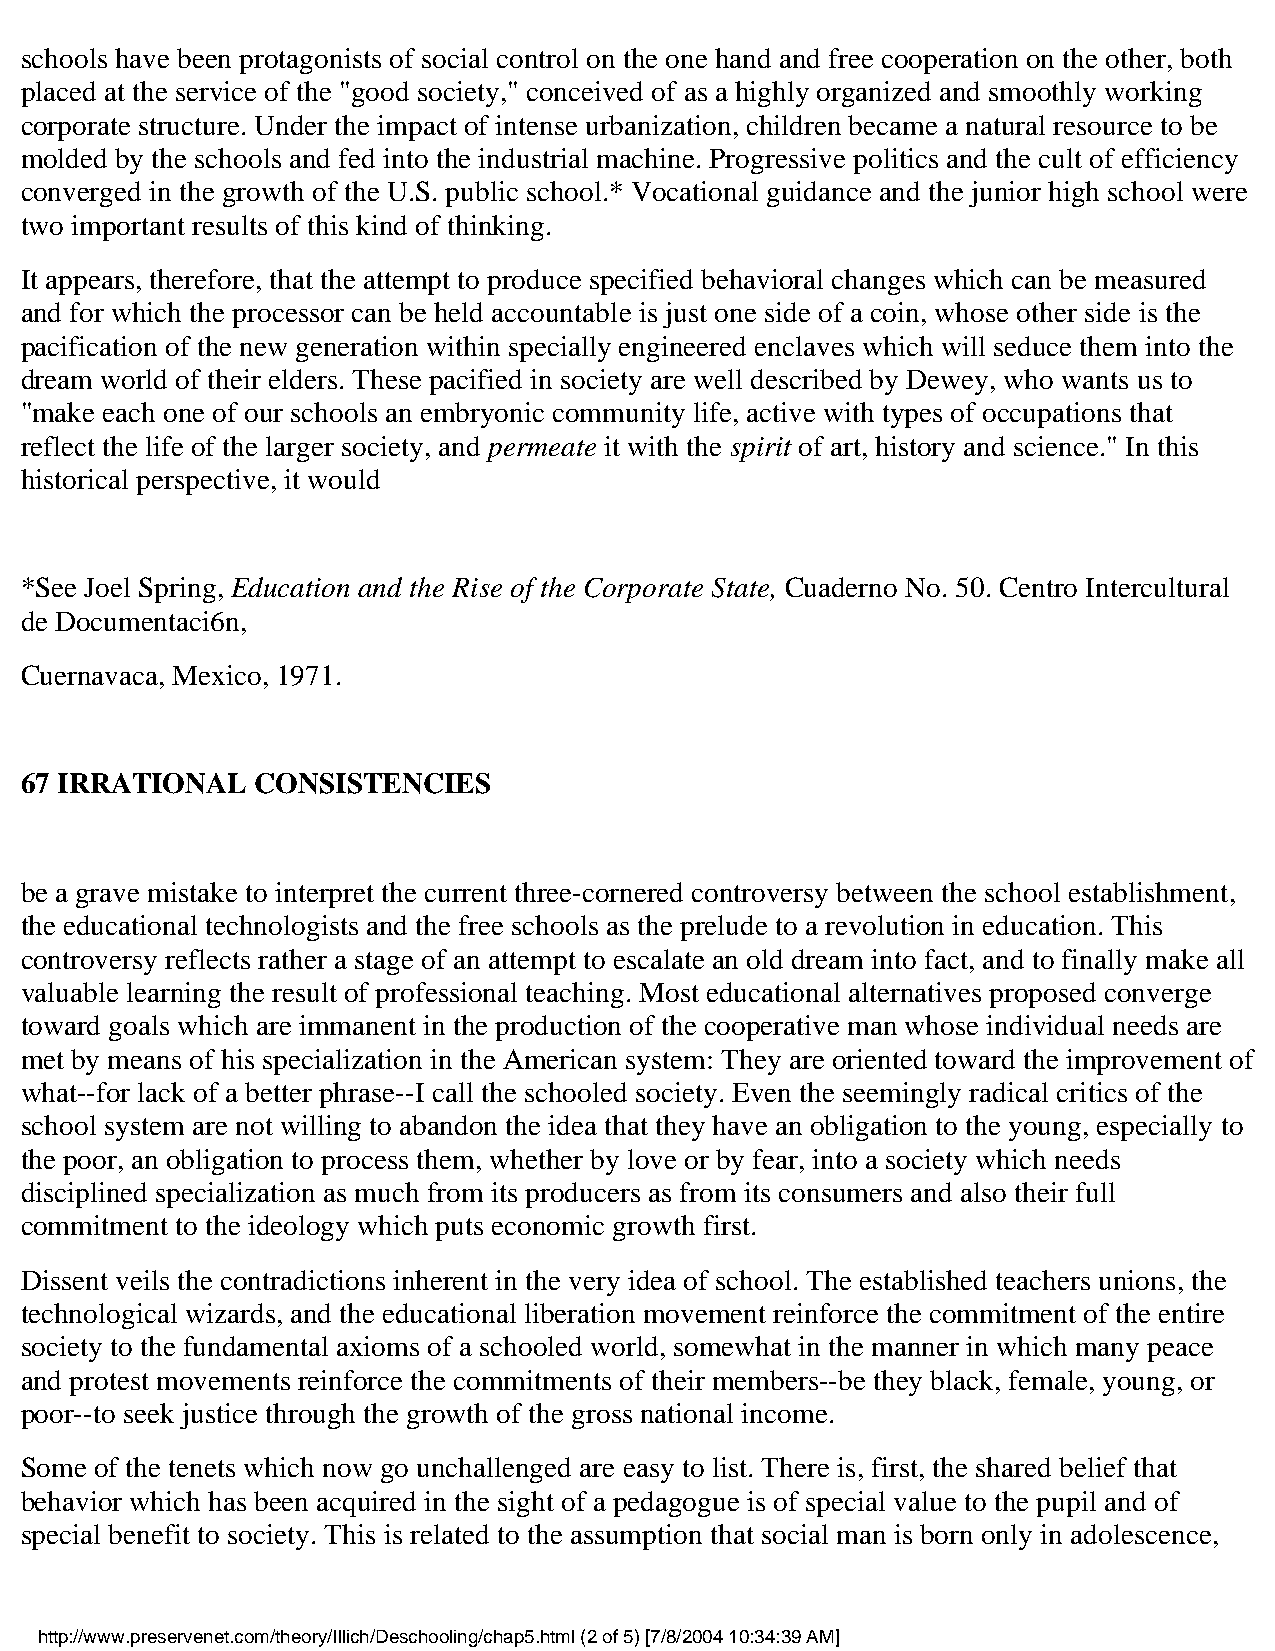
schools have been protagonists of social control on the one hand and free cooperation on the other, both
 placed at the service of the "good society," conceived of as a highly organized and smoothly working
 corporate structure. Under the impact of intense urbanization, children became a natural resource to be
 molded by the schools and fed into the industrial machine. Progressive politics and the cult of efficiency
 converged in the growth of the U.S. public school.* Vocational guidance and the junior high school were
 two important results of this kind of thinking.
 It appears, therefore, that the attempt to produce specified behavioral changes which can be measured
 and for which the processor can be held accountable is just one side of a coin, whose other side is the
 pacification of the new generation within specially engineered enclaves which will seduce them into the
 dream world of their elders. These pacified in society are well described by Dewey, who wants us to
 "make each one of our schools an embryonic community life, active with types of occupations that
 reflect the life of the larger society, and permeate it with the spirit of art, history and science." In this
 historical perspective, it would
 *See Joel Spring, Education and the Rise of the Corporate State, Cuaderno No. 50. Centro Intercultural
 de Documentaci6n,
 Cuernavaca, Mexico, 1971.
 67 IRRATIONAL   CONSISTENCIES
 be a grave mistake to interpret the current three-cornered controversy between the school establishment,
 the educational technologists and the free schools as the prelude to a revolution in education. This
 controversy reflects rather a stage of an attempt to escalate an old dream into fact, and to finally make all
 valuable learning the result of professional teaching. Most educational alternatives proposed converge
 toward goals which are immanent in the production of the cooperative man whose individual needs are
 met by means of his specialization in the American system: They are oriented toward the improvement of
 what--for lack of a better phrase--I call the schooled society. Even the seemingly radical critics of the
 school system are not willing to abandon the idea that they have an obligation to the young, especially to
 the poor, an obligation to process them, whether by love or by fear, into a society which needs
 disciplined specialization as much from its producers as from its consumers and also their full
 commitment to the ideology which puts economic growth first.
 Dissent veils the contradictions inherent in the very idea of school. The established teachers unions, the
 technological wizards, and the educational liberation movement reinforce the commitment of the entire
 society to the fundamental axioms of a schooled world, somewhat in the manner in which many peace
 and protest movements reinforce the commitments of their members--be they black, female, young, or
 poor--to seek justice through the growth of the gross national income.
 Some of the tenets which now go unchallenged are easy to list. There is, first, the shared belief that
 behavior which has been acquired in the sight of a pedagogue is of special value to the pupil and of
 special benefit to society. This is related to the assumption that social man is born only in adolescence,
 http://www.preservenet.com/theory/Illich/Deschooling/chap5.html (2 of 5) [7/8/2004 10:34:39 AM]